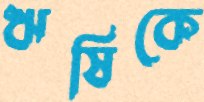
ঋষিকে